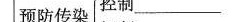
预防传染控制______